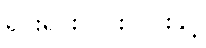
ရှင်းရှင်းလင်းလင်းနှင့်